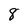
Character: 8